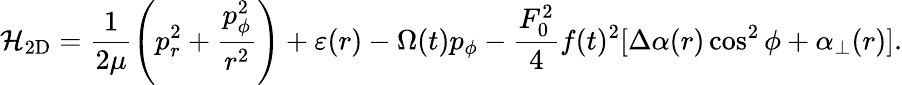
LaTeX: {\cal H}_{\mathrm{2D}}=\frac{1}{2\mu}\left(p_{r}^{2}+\frac{p_{\phi}^{2}}{r^{2}}\right)+\varepsilon(r)-\Omega(t)p_{\phi}-\frac{F_{0}^{2}}{4}f(t)^{2}[\Delta\alpha(r)\cos^{2}\phi+\alpha_{\bot}(r)].